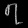
Digit: ၇